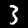
Digit: 3